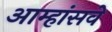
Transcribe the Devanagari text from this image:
आम्हांसवे